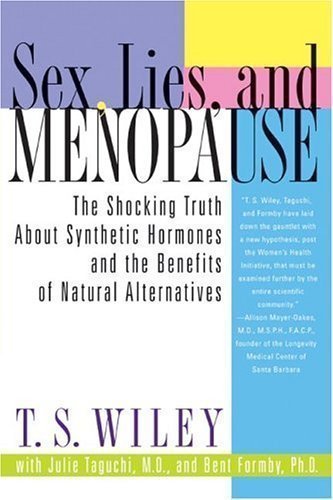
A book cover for Sex, Lies, and Menopause: The Shocking Truth About Synthetic Hormones and the Benefits of Natural Alternatives; J.K; Health, Fitness & Dieting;